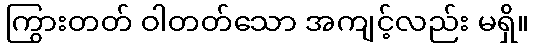
ကြွားတတ် ဝါတတ်သော အကျင့်လည်း မရှိ။